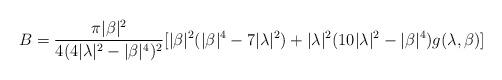
LaTeX: \begin{align*}B = \frac{\pi |\beta|^2}{4(4|\lambda|^2 - |\beta|^4)^2}[|\beta|^2 (|\beta|^4 - 7 |\lambda|^2) + |\lambda|^2 (10 |\lambda|^2 - |\beta|^4) g(\lambda ,\beta )]\end{align*}